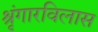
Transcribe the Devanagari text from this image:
श्रृंगारविलास